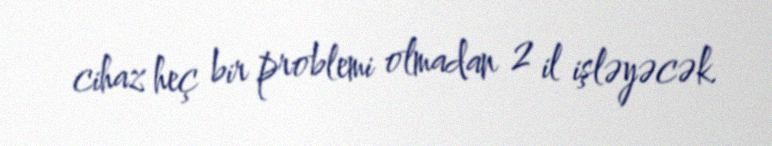
cihaz heç bir problemi olmadan 2 il işləyəcək.